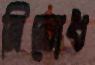
নিরোধ